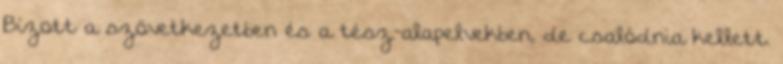
Bízott a szövetkezetben és a tész-alapelvekben, de csalódnia kellett.